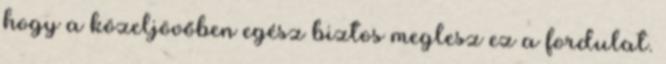
hogy a közeljövőben egész biztos meglesz ez a fordulat.